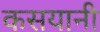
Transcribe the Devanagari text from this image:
कसयानी